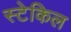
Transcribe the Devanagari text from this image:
स्टेकिल